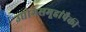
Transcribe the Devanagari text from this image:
उद्योगसमूहांपैकी